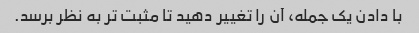
با دادن یک جمله، آن را تغییر دهید تا مثبت تر به نظر برسد.